Vaccination in Bombay 1856-1862 - 1856-1862
Year: 1856
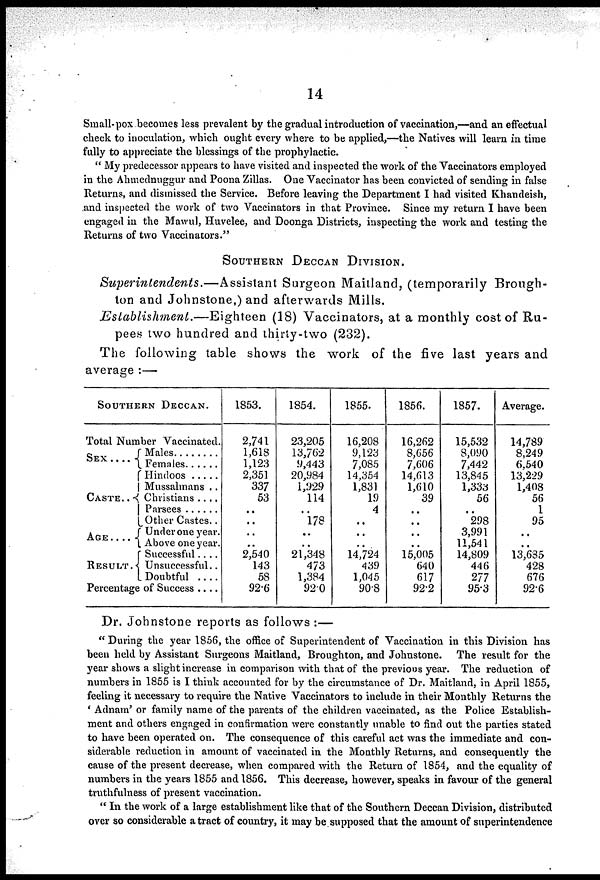
14
Small-pox becomes less prevalent by the gradual introduction of vaccination,—and an effectual
check to inoculation, which ought every where to be applied,—the Natives will learn in time
fully to appreciate the blessings of the prophylactic.
" My predecessor appears to have visited and inspected the work of the Vaccinators employed
in the Ahmednuggur and Poona Zillas. One Vaccinator has been convicted of sending in false
Returns, and dismissed the Service. Before leaving the Department I had visited Khandeish,
and inspected the work of two Vaccinators in that Province. Since my return I have been
engaged in the Mawul, Huvelee, and Doonga Districts, inspecting the work and testing the
Returns of two Vaccinators."
SOUTHERN DECCAN DIVISION.
Superintendents.—Assistant
Surgeon Maitland, (temporarily Brongh-
ton and Johnstone,) and afterwards Mills.
Establishment.—Eighteen
(18) Vaccinators, at a monthly cost of Ru-
pees two hundred and thirty-two (232).
The following table shows the work of the five last years and
average :—
SOUTHREN DECCAN.
Total Number Vaccinated.
SEX
....
CASTE..
AGE....
RESULT.
Males ........
Females ......
Hindoos .....
Mussulmans ..
Christians ....
Parsees ......
Other Castes..
Under one year.
Above one year.
Successful....
Unsuccessful..
Doubtful
....
Percentage of Success ....
1853.
2,741
1,618
1,123
2,351
337
53
..
..
..
..
2,540
143
58
92.6
1854.
23,205
13,762
9,443
20,984
1,929
114
..
178
..
..
21,348
473
1,384
92.0
1855.
16,208
9,123
7,085
14,354
1,831
19
4
..
..
..
14,724
439
1,045
90.8
1856.
16,262
8,656
7,606
14,613
1,610
39
..
..
..
..
15,005
640
617
92.2
1857.
15,532
8,090
7,442
13,845
1,333
56
..
298
3,991
11,541
14,809
446
277
95.3
Average.
14,789
8,249
6,540
13,229
1,408
56
1
95
..
..
13,685
428
676
92.6
Dr. Johnstone reports as follows :—
" During the year 1856, the office of Superintendent of Vaccination in this Division has
been held by Assistant Surgeons Maitland, Broughton, and Johnstone. The result for the
year shows a slight increase in comparison with that of the previous year. The reduction of
numbers in 1855 is I think accounted for by the circumstance of Dr. Maitland, in April 1855,
feeling it necessary to require the Native Vaccinators to include in their Monthly Returns the
' Adnam' or family name of the parents of the children vaccinated, as the Police Establish-
ment and others engaged in confirmation were constantly unable to find out the parties stated
to have been operated on. The consequence of this careful act was the immediate and con-
siderable reduction in amount of vaccinated in the Monthly Returns, and consequently the
cause of the present decrease, when compared with the Return of 1854, and the equality of
numbers in the years 1855 and 1856. This decrease, however, speaks in favour of the general
truthfulness of present vaccination.
" In the work of a large establishment like that of the Southern Deccan Division, distributed
over so considerable a tract of country, it may be supposed that the amount of superintendence